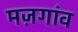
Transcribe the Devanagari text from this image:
मज़गांव